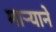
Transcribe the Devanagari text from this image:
मार्‍याने